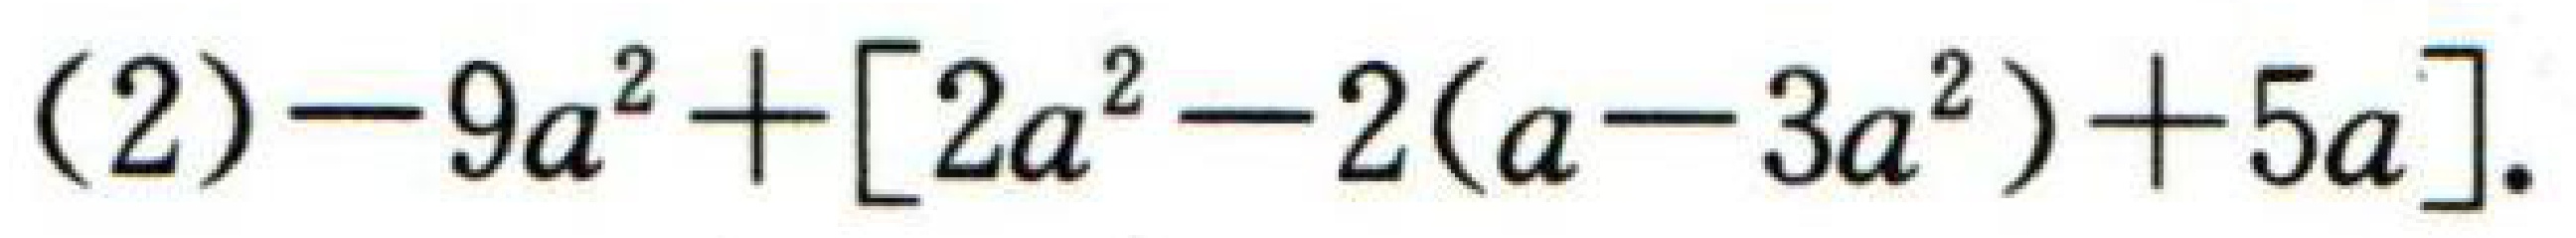
(2) \(-9a^{2}+[2a^{2}-2(a - 3a^{2})+5a]\).